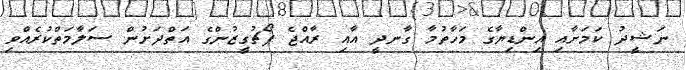
ނަޝީދު ކަމަށާއި އިންޑިޔާގެ މަހާތުމާ ގާނދީ އާއި ރާއްޖެ ޕޯޗުގީޒުންގެ އަތްދަށުން ސަލާމަތްކުރެއްވި